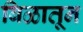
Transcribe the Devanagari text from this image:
बिळातून